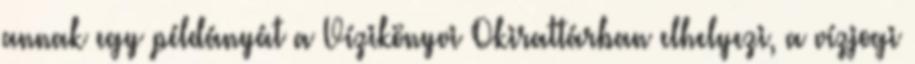
annak egy példányát a Vízikönyvi Okirattárban elhelyezi, a vízjogi